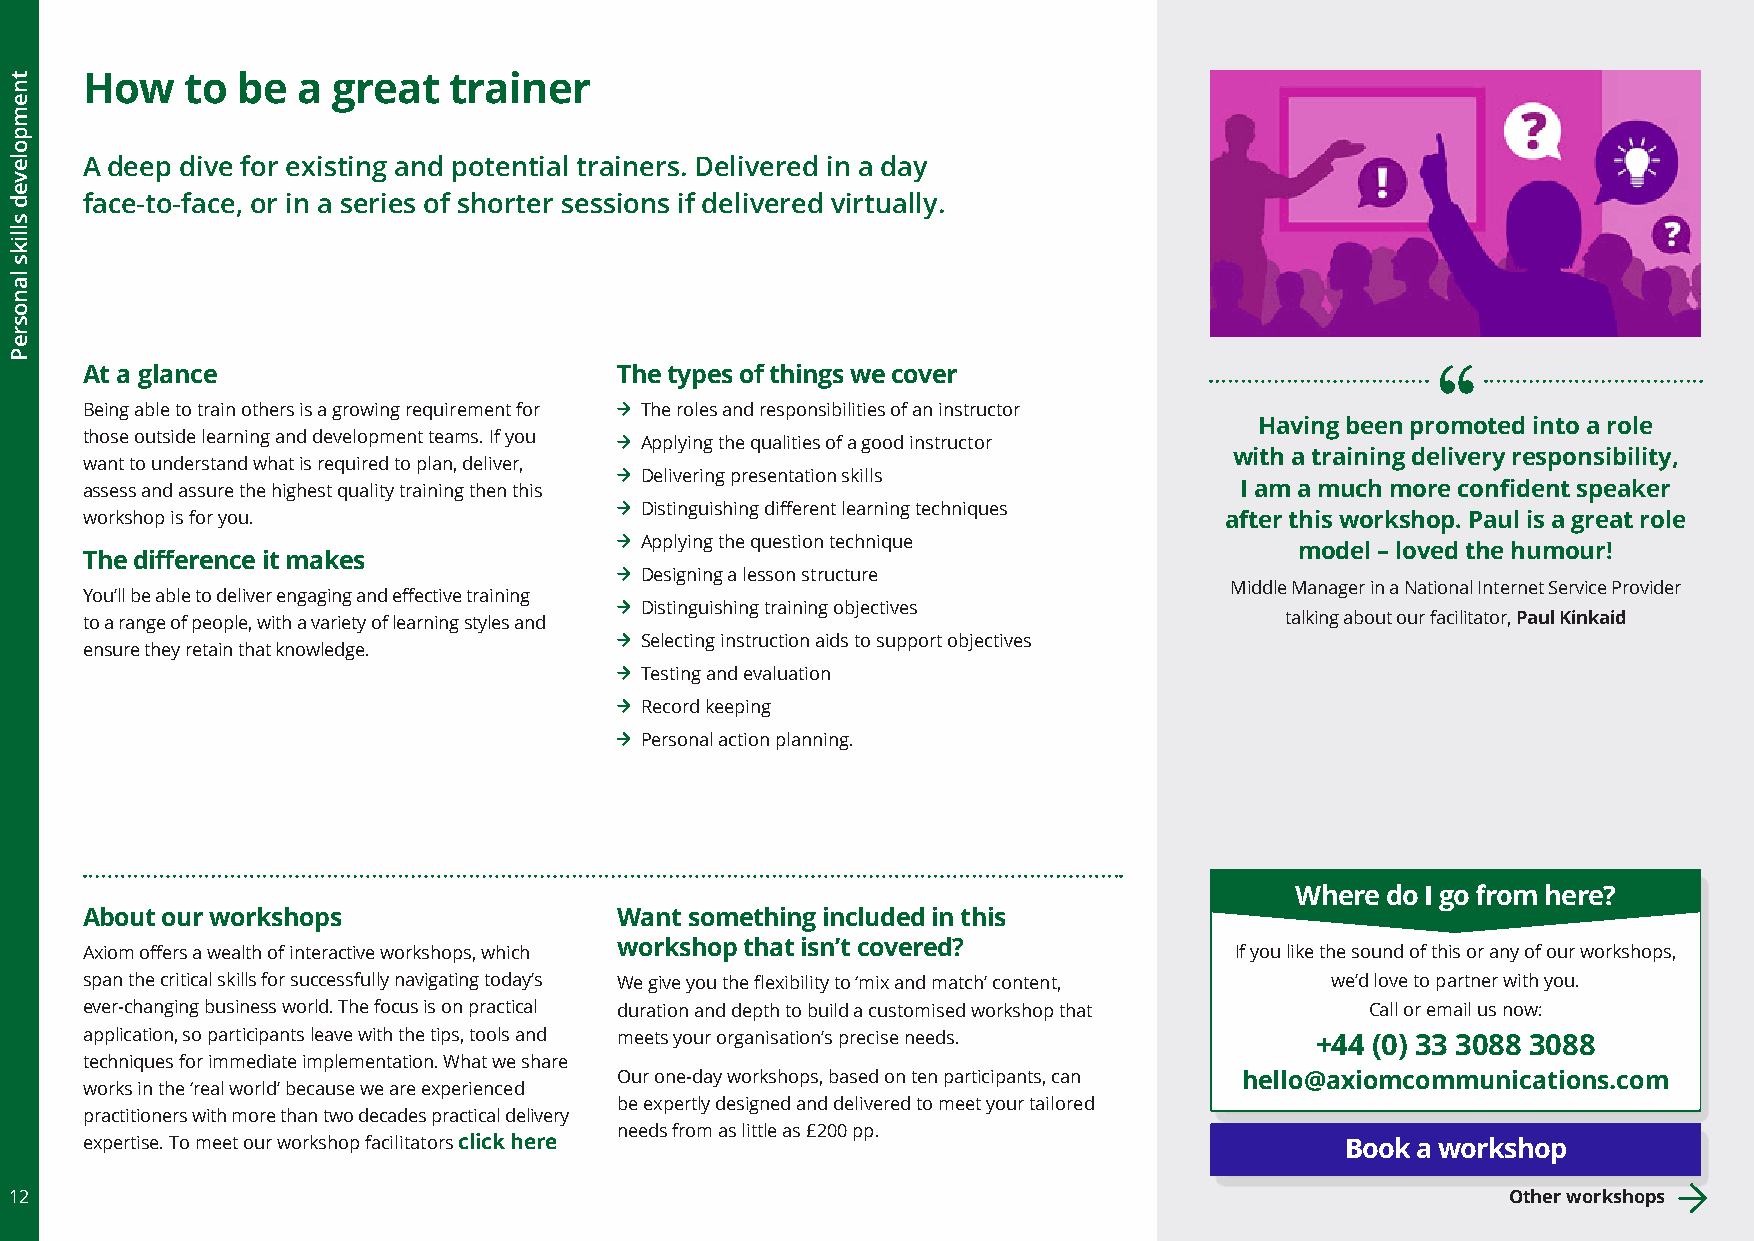
How    to  be  a great   trainer
 A deep dive for existing and potential trainers. Delivered in a day
 face-to-face, or in a series of shorter sessions if delivered virtually.
 At a glance                         The types of things we cover
 Being able to train others is a growing requirement for The roles and responsibilities of an instructor
 Having been promoted into a role
 those outside learning and development teams. If you Applying the qualities of a good instructor
 with a training delivery responsibility,
 want to understand what is required to plan, deliver,
 Delivering presentation skills
 assess and assure the highest quality training then this                     I am a much more confident speaker
 Distinguishing different learning techniques
 workshop is for you.                                                        after this workshop. Paul is a great role
 Applying the question technique
 model – loved the humour!
 The difference it makes
 Designing a lesson structure
 Middle Manager in a National Internet Service Provider
 You’ll be able to deliver engaging and effective training
 Distinguishing training objectives
 to a range of people, with a variety of learning styles and                     talking about our facilitator, Paul Kinkaid
 Selecting instruction aids to support objectives
 ensure they retain that knowledge.
 Testing and evaluation
 Record keeping
 Personal action planning.
 Where do I go from here?
 About our workshops                 Want something included in this
 Axiom offers a wealth of interactive workshops, which workshop that isn’t covered? If you like the sound of this or any of our workshops,
 span the critical skills for successfully navigating today’s We give you the flexibility to ‘mix and match’ content, we’d love to partner with you.
 ever-changing business world. The focus is on practical duration and depth to build a customised workshop that Call or email us now:
 application, so participants leave with the tips, tools and meets your organisation’s precise needs. +44 (0) 33 3088 3088
 techniques for immediate implementation. What we share
 Our one-day workshops, based on ten participants, can hello@axiomcommunications.com
 works in the ‘real world’ because we are experienced
 be expertly designed and delivered to meet your tailored
 practitioners with more than two decades practical delivery
 needs from as little as £200 pp.
 expertise. To meet our workshop facilitators click here                             Book a workshop
 12                                                                                                 Other workshops
 tnempoleved
 slliks
 lanosreP